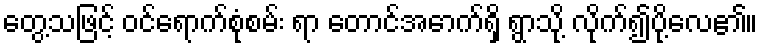
တွေ့သဖြင့် ဝင်ရောက်စုံစမ်း ရာ တောင်အောက်ရှိ ရွာသို့ လိုက်၍ပို့လေ၏။